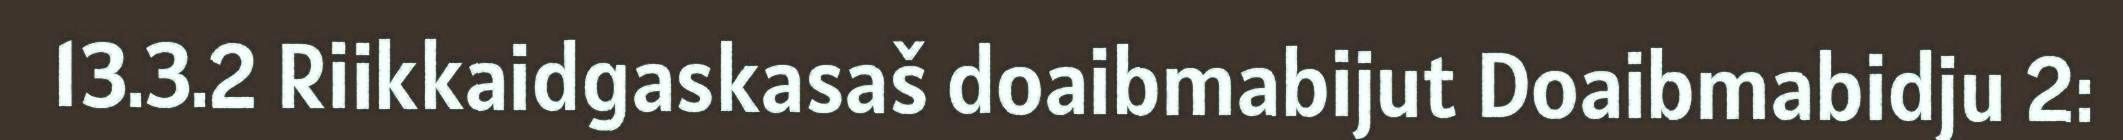
13.3.2 Riikkaidgaskasaš doaibmabijut Doaibmabidju 2: